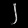
Digit: ၂